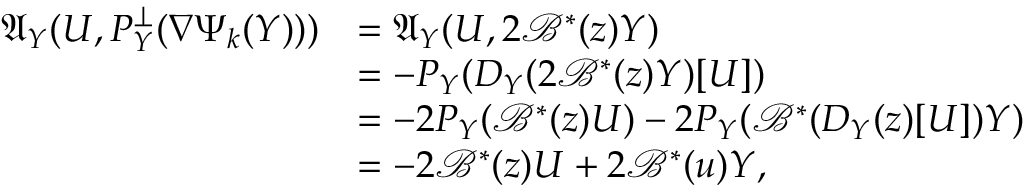
\begin{array} { r l } { \mathfrak { A } _ { Y } ( U , P _ { Y } ^ { \perp } ( \nabla \Psi _ { k } ( Y ) ) ) } & { = \mathfrak { A } _ { Y } ( U , 2 { \mathcal { B } } ^ { * } ( z ) Y ) } \\ & { = - P _ { Y } ( D _ { Y } ( 2 { \mathcal { B } } ^ { * } ( z ) Y ) [ U ] ) } \\ & { = - 2 P _ { Y } ( { \mathcal { B } } ^ { * } ( z ) U ) - 2 P _ { Y } ( { \mathcal { B } } ^ { * } ( D _ { Y } ( z ) [ U ] ) Y ) } \\ & { = - 2 { \mathcal { B } } ^ { * } ( z ) U + 2 { \mathcal { B } } ^ { * } ( u ) Y , } \end{array}